Report on lock hospitals in British Burma
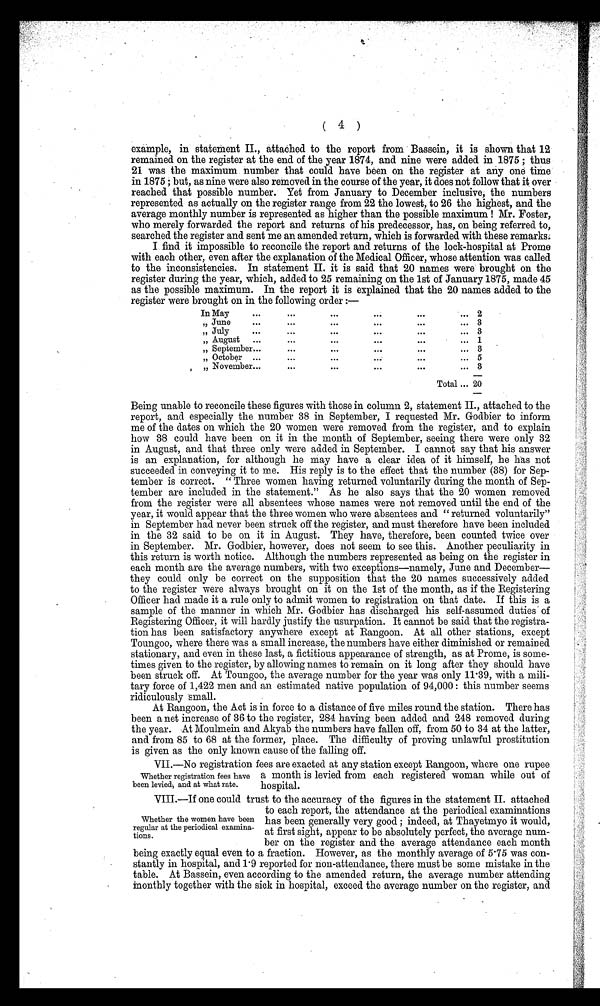
( 4 )
exampl e, i n st at ement II. , at t ached t o t he report from Bassei n, i t i s shown t hat 12
remained on the register at end of the year 1874, and nine were added in 1875 ; thus
21 was the maximum number that could have been on the register at any one time
in 1875 ; but, as nine were also removed in the course of the year, it does not follow that it over
reached that possible number. Yet from January to December inclusive, the numbers
represented as actually on the register range from 22 the lowest, to 26 the highest, and the
average monthly number is represented as higher than the possible maximum ! Mr. Foster,
who merely forwarded the report and returns of his predecessor, has, on being referred to,
searched the register and sent me an amended return, which is forwarded with these remarks.
I find it impossible to reconcile the report and returns of the lock-hospital at Prome
with each other, even after the explanation of the Medical Officer, whose attention was called
to the inconsistencies. In statement II. it is said that 20 names were brought on the
register during the year, which, added to 25 remaining on the 1st of January 1875, made 45
as the possible maximum. In the report it is explained that the 20 names added to the
register were brought on in the following order :—
In May
...
. . .
. . .
...
...
...
2
„ June
...
. . .
. . .
. . .
. . .
...
3
7 July
. . .
. . .
...
...
. . .
...
3
„ August
...
...
...
. . .
...
... 1
„ September...
...
...
. . .
. . . ...
3
„ October ...
...
...
...
...
... 5
„ November...
...
...
. . .
. . . ... 3
Total ... 20
Being unable to reconcile these figures with those in column 2, statement II., attached to the
report, and especially the number 38 in September, I requested Mr. Godbier to inform
me of the dates on which the 20 women were removed from the register, and to explain
how 38 could have been on it in the month of September, seeing there were only 32
in August, and that three only were added in September. I cannot say that his answer
is an explanation, for although he may have a clear idea of it himself, he has not
succeeded in conveying it to me. His reply is to the effect that the number (38) for Sep-
tember is correct. " Three women having returned voluntarily during the month of Sep-
tember are included in the statement." As he also says that the 20 women removed
from the register were all absentees whose names were not removed until the end of the
year, it would appear that the three women who were absentees and " returned voluntarily"
in September had never been struck off the register, and must therefore have been included
in the 32 said to be on it in August. They have, therefore, been counted twice over
in September. Mr. Godbier, however, does not seem to see this. Another peculiarity in
this return is worth notice. Although the numbers represented as being on the register in
each month are the average numbers, with two exceptions—namely, June and December—
they could only be correct on the supposition that the 20 names successively added
to the register were always brought on it on the 1st of the month, as if the Registering
Officer had made it a rule only to admit women to registration on that date. If this is a
sample of the manner in which Mr. Godbier has discharged his self-assumed duties of
Registering Officer, it will hardly justify the usurpation. It cannot be said that the registra-
tion has been satisfactory anywhere except at Rangoon. At all other stations, except
Toungoo, where there was a small increase, the numbers have either diminished or remained
stationary, and even in these last, a fictitious appearance of strength, as at Prome, is some-
-times given to the register, by allowing names to remain on it long after they should have
been struck off. At Toungoo, the average number for the year was only 11 . 39, with a mili-
tary force of 1,422 men and an estimated native population of 94,000: this number seems
ridiculously small.
At Rangoon, the Act is in force to a distance of five miles round the station. There has
been a net increase of 36 to the register, 284 having been added and 248 removed during
the year. At Moulmein and Akyab the numbers have fallen off, from 50 to 34 at the latter,
and from 85 to 68 at the former, place. The difficulty of proving unlawful prostitution
is given as the only known cause of the falling off.
VII.—No registration fees are exacted at any station except Rangoon, where one rupee
a month is levied from each registered woman while out of
hospital.
VIII.—If one could trust to the accuracy of the figures in the statement II. attached
to each report, the attendance at the periodical examinations
has been generally very good ; indeed, at Thayetmyo it would,
at first sight, appear to be absolutely perfect, the average num-
ber on the register and the average attendance each month
being exactly equal even to a fraction. However, as the monthly average of 5 .75 was con-
stantly in hospital, and 1 . 9 reported for non-attendance, there must be some mistake in the
table. At Bassein, even according to the amended return, the average number attending
monthly together with the sick in hospital, exceed the average number on the register, and
Whether registration fees have
been levied, and at what rate.
Whether the women have been
regular at the periodical examina-
tions.